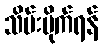
သိမ်းပိုက်ရန်